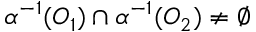
\alpha ^ { - 1 } ( O _ { 1 } ) \cap \alpha ^ { - 1 } ( O _ { 2 } ) \neq \emptyset